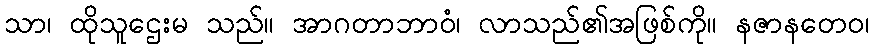
သာ၊ ထိုသူဌေးမ သည်။ အာဂတာဘာဝံ၊ လာသည်၏အဖြစ်ကို။ နဇာနတေဝ၊